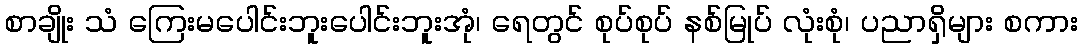
စာချိုး သံ ကြေးမပေါင်းဘူးပေါင်းဘူးအုံ၊ ရေတွင် စုပ်စုပ် နစ်မြုပ် လုံးစုံ၊ ပညာရှိများ စကား